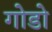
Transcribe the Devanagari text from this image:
गोडो